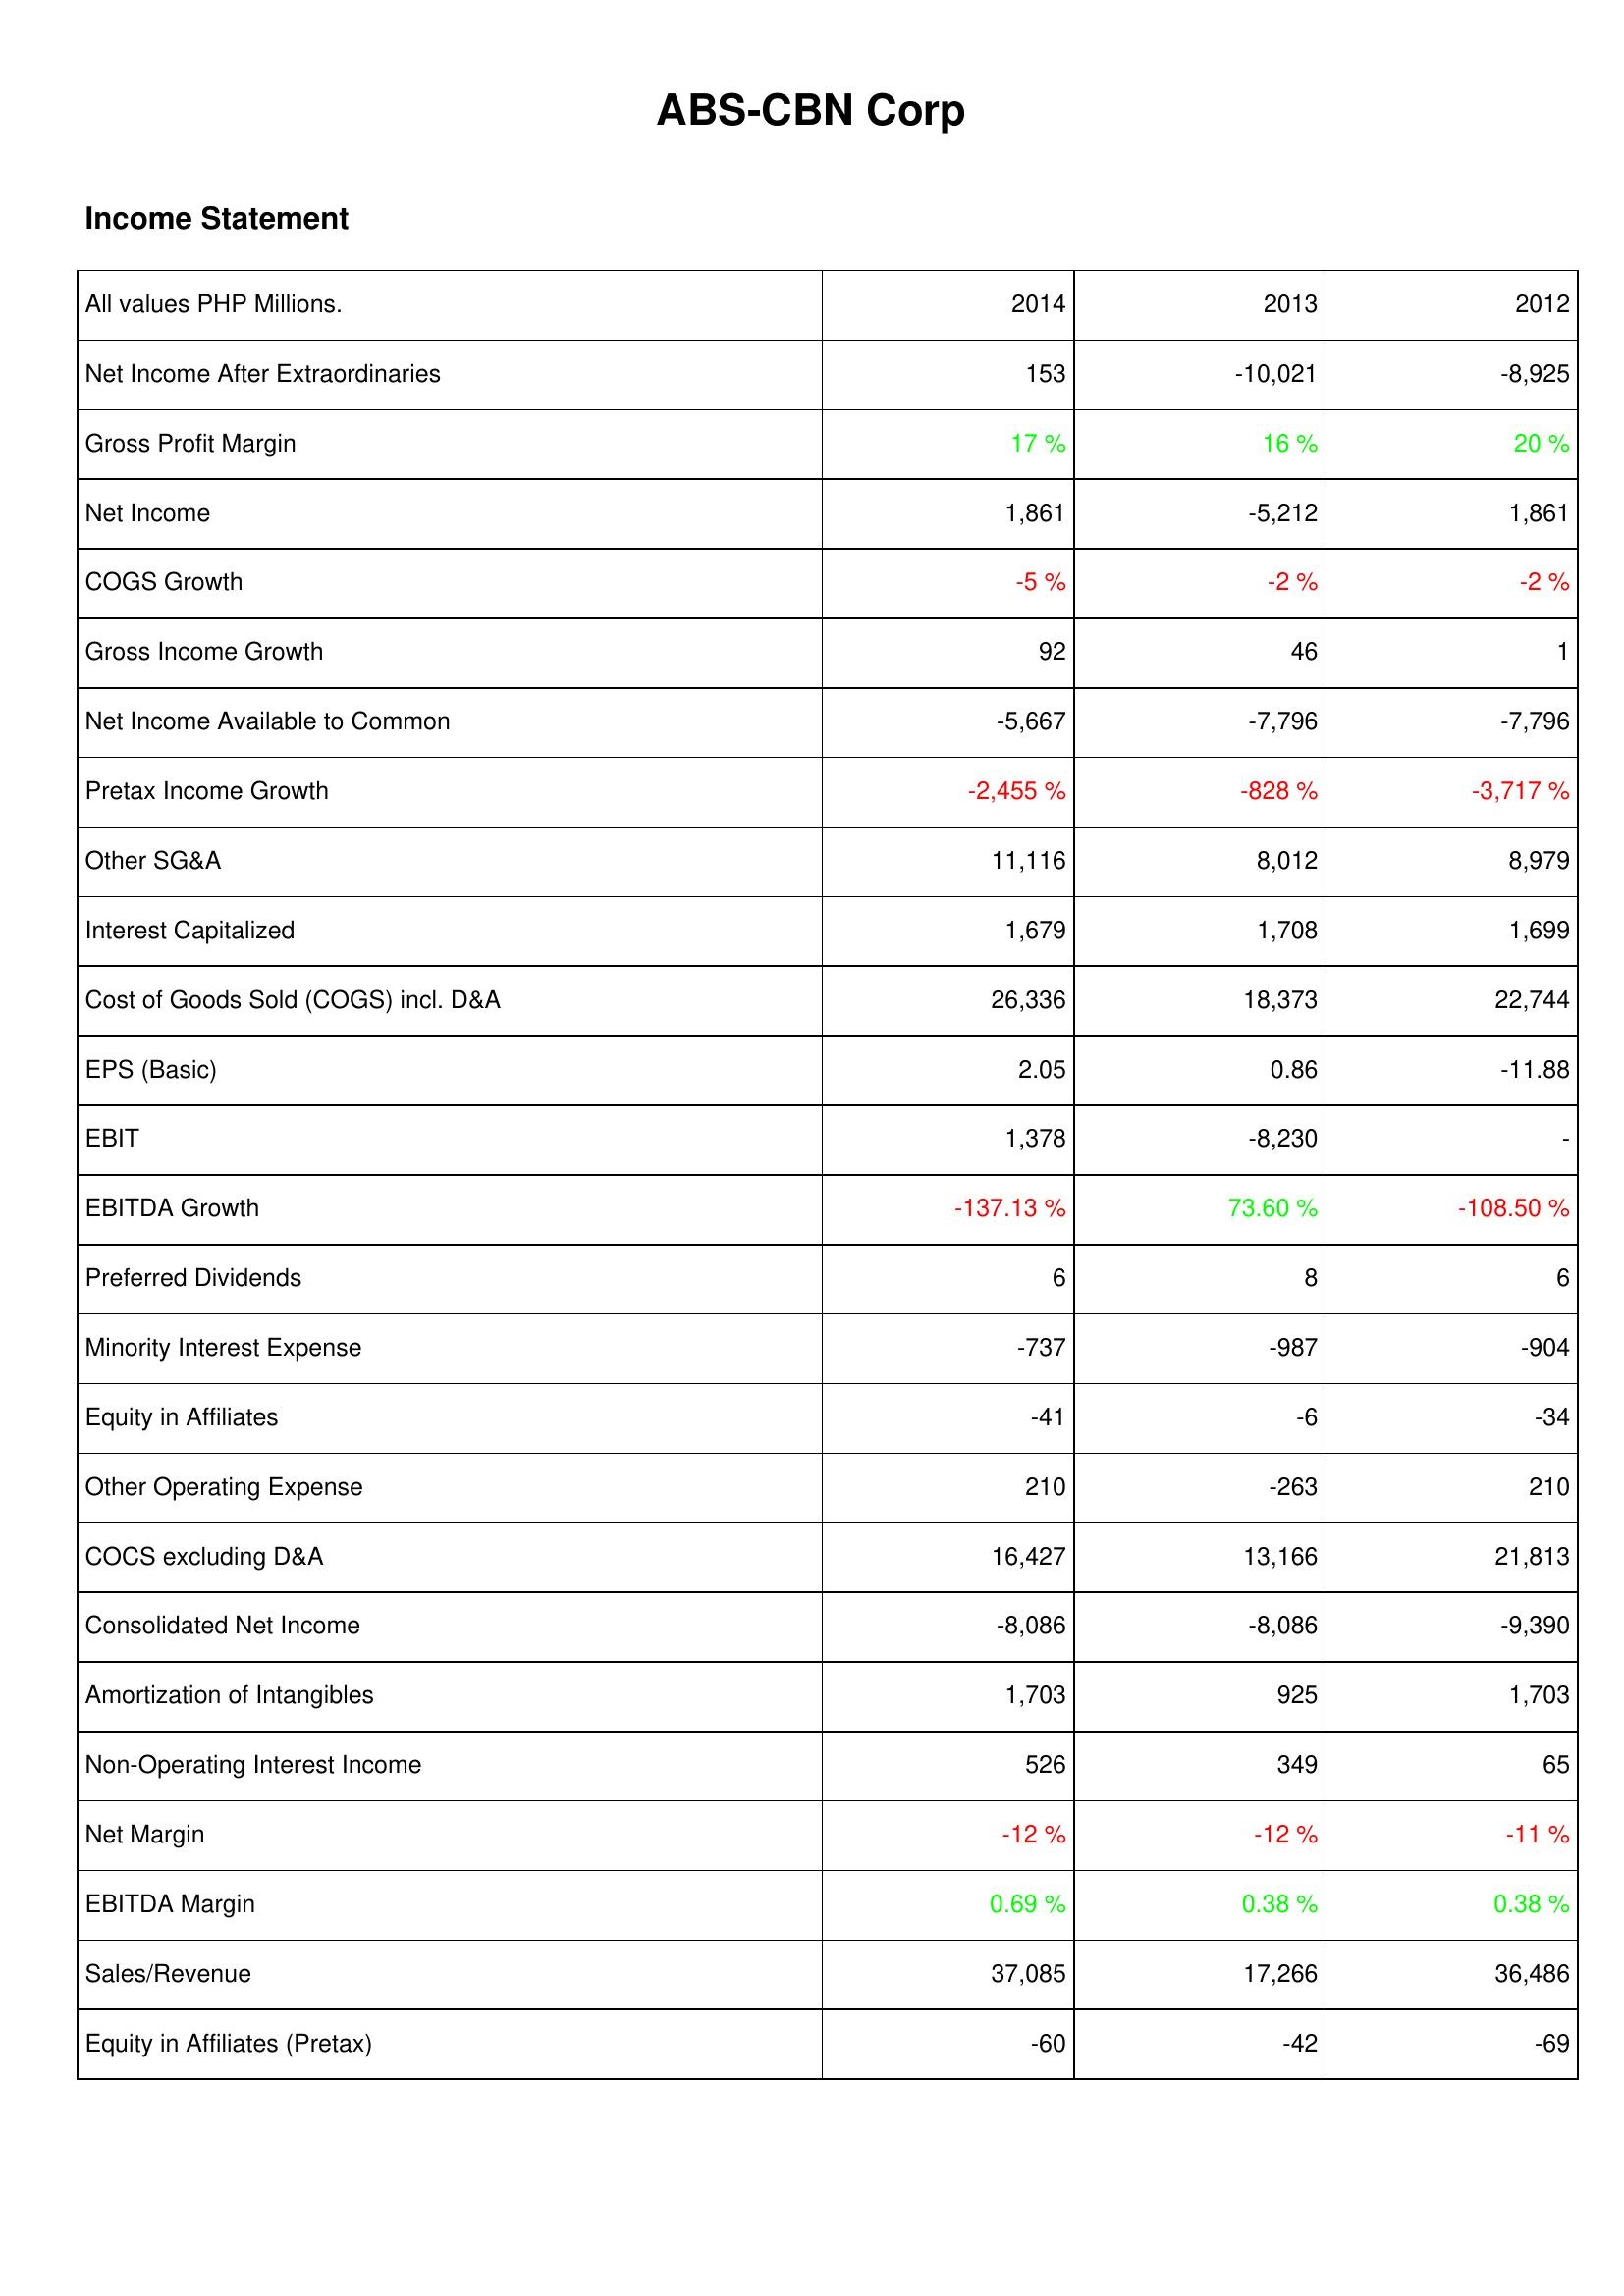
2014: Income Statement: Net Income After Extraordinaries: 153
Gross Profit Margin: 17 %
Net Income: 1,861
COGS Growth: -5 %
Gross Income Growth: 92
Net Income Available to Common: -5,667
Pretax Income Growth: -2,455 %
Other SG&A: 11,116
Interest Capitalized: 1,679
Cost of Goods Sold (COGS) incl. D&A: 26,336
EPS (Basic): 2.05
EBIT: 1,378
EBITDA Growth: -137.13 %
Preferred Dividends: 6
Minority Interest Expense: -737
Equity in Affiliates: -41
Other Operating Expense: 210
COCS excluding D&A: 16,427
Consolidated Net Income: -8,086
Amortization of Intangibles: 1,703
Non-Operating Interest Income: 526
Net Margin: -12 %
EBITDA Margin: 0.69 %
Sales/Revenue: 37,085
Equity in Affiliates (Pretax): -60
2013: Income Statement: Net Income After Extraordinaries: -10,021
Gross Profit Margin: 16 %
Net Income: -5,212
COGS Growth: -2 %
Gross Income Growth: 46
Net Income Available to Common: -7,796
Pretax Income Growth: -828 %
Other SG&A: 8,012
Interest Capitalized: 1,708
Cost of Goods Sold (COGS) incl. D&A: 18,373
EPS (Basic): 0.86
EBIT: -8,230
EBITDA Growth: 73.60 %
Preferred Dividends: 8
Minority Interest Expense: -987
Equity in Affiliates: -6
Other Operating Expense: -263
COCS excluding D&A: 13,166
Consolidated Net Income: -8,086
Amortization of Intangibles: 925
Non-Operating Interest Income: 349
Net Margin: -12 %
EBITDA Margin: 0.38 %
Sales/Revenue: 17,266
Equity in Affiliates (Pretax): -42
2012: Income Statement: Net Income After Extraordinaries: -8,925
Gross Profit Margin: 20 %
Net Income: 1,861
COGS Growth: -2 %
Gross Income Growth: 1
Net Income Available to Common: -7,796
Pretax Income Growth: -3,717 %
Other SG&A: 8,979
Interest Capitalized: 1,699
Cost of Goods Sold (COGS) incl. D&A: 22,744
EPS (Basic): -11.88
EBIT: -
EBITDA Growth: -108.50 %
Preferred Dividends: 6
Minority Interest Expense: -904
Equity in Affiliates: -34
Other Operating Expense: 210
COCS excluding D&A: 21,813
Consolidated Net Income: -9,390
Amortization of Intangibles: 1,703
Non-Operating Interest Income: 65
Net Margin: -11 %
EBITDA Margin: 0.38 %
Sales/Revenue: 36,486
Equity in Affiliates (Pretax): -69